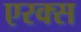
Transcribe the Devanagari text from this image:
एरक्स